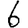
Digit: 6